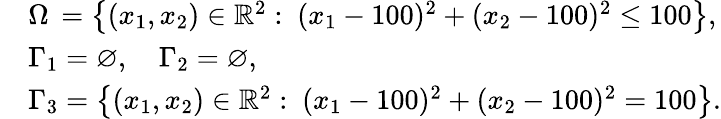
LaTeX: \begin{array}{rl}&{\Omega\, =\left\{ (x_{1},x_{2})\in\mathbb{R}^{2}:\ (x_{1}-100)^{2}+(x_{2}-100)^{2}\leq 100\right\} ,}\\ &{\Gamma_{1}=\varnothing,\quad\Gamma_{2}=\varnothing,}\\ &{\Gamma_{3}=\left\{ (x_{1},x_{2})\in\mathbb{R}^{2}:\ (x_{1}-100)^{2}+(x_{2}-100)^{2}=100\right\} .}\end{array}